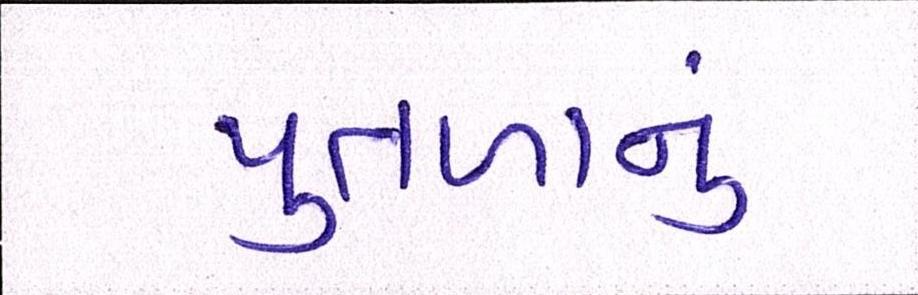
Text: પુતળાનું